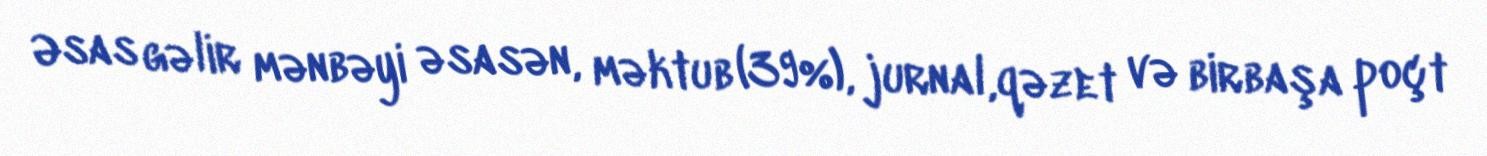
Əsas gəlir mənbəyi əsasən, məktub (39%), jurnal,qəzet və birbaşa poçt